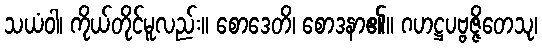
သယံဝါ၊ ကိုယ်တိုင်မူလည်း။ စောဒေတိ၊ စောဒနာ၏။ ဂဟဋ္ဌပဗ္ဗဇ္ဇိတေသု၊